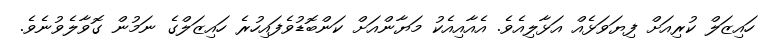
ހައިޒަލް ކުރިއަށް ފިޔަވަޅެއް އަޅާލިއެވެ. އެއާއިއެކު މަޔާންއަށް ކަންބޮޑުވެފައިހުރެ ހައިޒަލްގެ ނަމުން ގޮވާލެވުނެވެ.